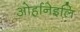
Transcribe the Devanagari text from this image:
ओर्हानेइलि